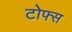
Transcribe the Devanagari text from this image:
टोफ्स